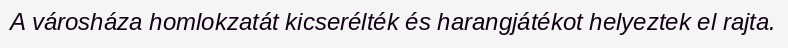
A városháza homlokzatát kicserélték és harangjátékot helyeztek el rajta.